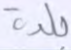
بلدة